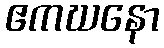
ဧကဃနော